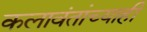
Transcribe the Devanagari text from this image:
कलावंतांच्याही